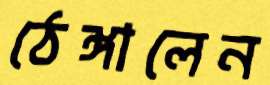
ঠেঙ্গালেন